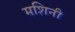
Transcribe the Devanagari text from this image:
मशिनी